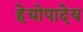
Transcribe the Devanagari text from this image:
हेयोपादेय